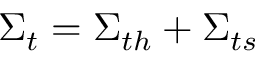
{ { \Sigma } _ { t } } = { { \Sigma } _ { t h } } + { { \Sigma } _ { t s } }